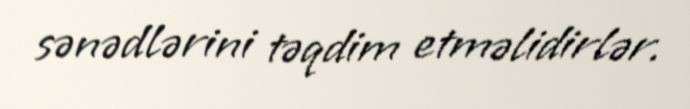
sənədlərini təqdim etməlidirlər.